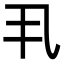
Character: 丮